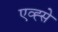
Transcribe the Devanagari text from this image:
एव्ह्से